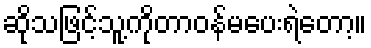
ဆိုသဖြင့်သူ့ကိုတာဝန်မပေးရဲတော့။